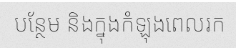
បន្ថែម និងក្នុងកំឡុងពេលរក